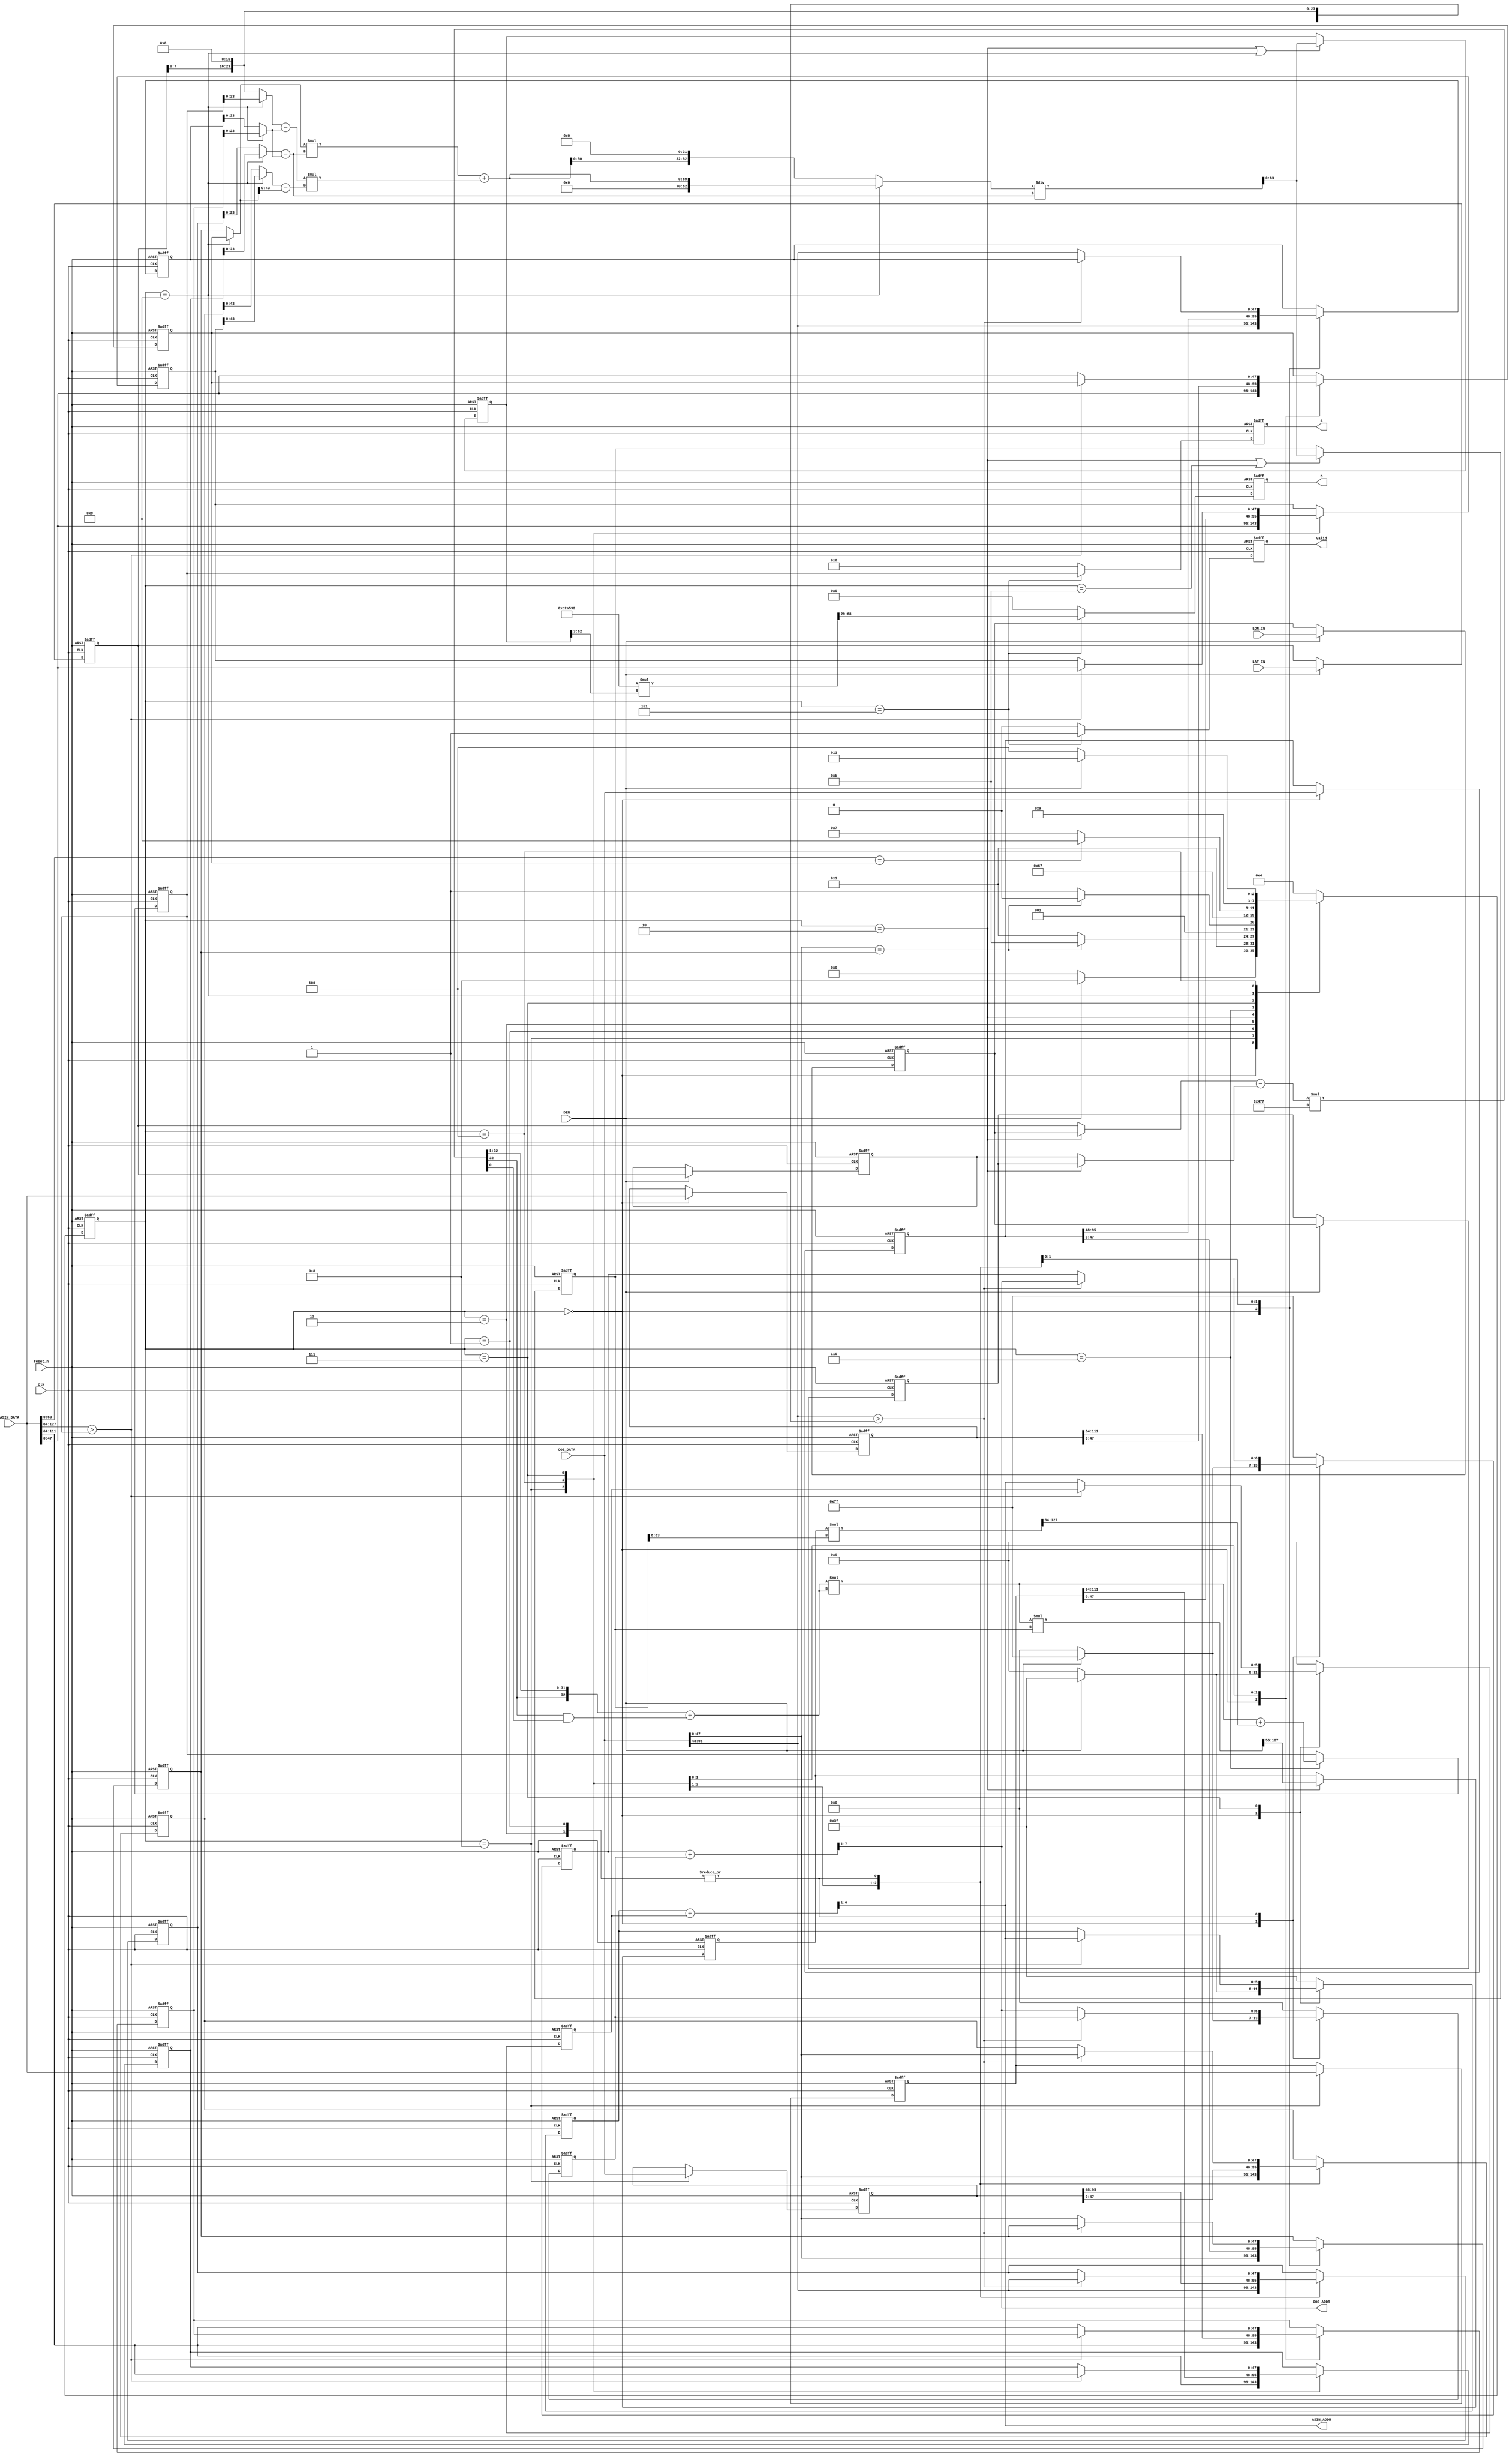
`timescale 1ns/10ps
module GPSDC(clk, reset_n, DEN, LON_IN, LAT_IN, COS_ADDR, COS_DATA, ASIN_ADDR, ASIN_DATA, Valid, a, D);
input              clk;
input              reset_n;
input              DEN;
input      [23:0]  LON_IN;
input      [23:0]  LAT_IN;
input      [95:0]  COS_DATA;
output     [6:0]   COS_ADDR;
input      [127:0] ASIN_DATA;
output     [5:0]   ASIN_ADDR;
output  reg           Valid;
output  reg   [39:0]  D;
output  reg  [63:0]  a;

localparam S_IDLE0 = 4'b0000;
localparam S_L1    = 4'b1000;
//localparam S_L2    = 4'b000;
localparam S_A	   = 4'b0001;
localparam S_INNER0= 4'b1011;
localparam S_FCOS  = 4'b0011;
localparam S_INNER = 4'b0010;
localparam S_MID   = 4'b0110;
localparam S_FASIN = 4'b0111;
localparam S_INNERS= 4'b1001;
localparam S_D     = 4'b0101;
localparam S_IDLE  = 4'b0100;
reg [3:0] c_state, n_state;
// wire reg declare cao
reg [23:0]LON_IN_A, LON_IN_B;
reg [23:0]LAT_IN_A, LAT_IN_B;
wire [47:0] LAT_w;
reg [95:0] COS_127, COS_0;
reg [127:0] ASIN_63, ASIN_0;
//---------------------------------------
// for mid point
wire [23:0]sel_a1, sel_a2;
wire signed [24:0]angle_diff;
wire signed [15:0]rad;
//wire signed [40:0]ang_mul;
wire signed [32:0]ang_mul;
wire signed [32:0]ang_result;
//wire signed [64:0]ang_result;
wire [63:0]sin2;
wire [127:0]first_result;
reg  [71:0]first_result_r;
wire [191:0] mid_left;
reg  [63:0] a_r;
wire [63:0] a_w;
// for inner
//reg  [47:0] cosA, cosB;
//wire [47:0] inner_result_w;
//wire [95:0] inner_up;
//wire [47:0] inner_down; 
//wire [47:0] sel_y0, sel_y1, sel_x0, sel_x1, sel_x;

reg  [63:0] cosA, cosB;
reg  [63:0] inner_result_r;
wire [63:0] inner_result_w;
wire [69:0] inner_up;
wire [82:0] inner_up_padding;
wire [23:0] inner_down; 
wire [23:0] up_C;
wire [43:0] up_D;
wire [47:0] sel_y0, sel_y1, sel_x0, sel_x1, sel_x;


// wire reg declare hunry 

// ------------------------------------------------------------
// regs & wire
// ------------------------------------------------------------
// find cos
wire  [47:0] cos_in, cos_val;
reg  [6:0]  p_h, p_l;

// find asin
wire [63:0] asin_in, asin_val;
reg [5:0]  asin_p_h, asin_p_l;

reg [47:0] cos_y0, cos_y1; 
reg [47:0] cos_x0, cos_x1;
reg [47:0] asin_x0, asin_x1;
reg [47:0] asin_y0, asin_y1;
//---------------------------------------
// calculate inner product 
//assign sel_y0 = 48'hF0A3ACB6;
//assign sel_y1 = 48'hF0A5D8F1;
//assign sel_x0 = 48'h18C8D96FA8;
//assign sel_x1 = 48'h18C8DFCE31;
//assign sel_x  = 48'h18c8db0000;

assign inner_down = (sel_x1 - sel_x0);
assign up_C = (sel_x - sel_x0);
assign up_D = (sel_y1 - sel_y0);
assign inner_up = sel_y0 * inner_down + up_C * up_D;
assign inner_up_padding = (c_state == S_INNERS)? inner_up : {inner_up[50:0], 32'd0};

assign inner_result_w = inner_up_padding / inner_down; 

assign sel_y0 = (c_state == S_INNERS)? asin_y0 : cos_y0;
assign sel_y1 = (c_state == S_INNERS)? asin_y1 : cos_y1;
assign sel_x0 = (c_state == S_INNERS)? asin_x0 : cos_x0;
assign sel_x1 = (c_state == S_INNERS)? asin_x1 : cos_x1;
assign sel_x  = (c_state == S_INNERS)? a_r  : LAT_w;

always@(posedge clk, negedge reset_n) begin
      if(!reset_n) begin
	  cosB <= 64'd0;
      end else begin
	  if(c_state == S_INNER || c_state == S_INNER0)
          	cosB <= inner_result_w;
	  else
		cosB <= cosB;
      end
end

//---------------------------------------
// Mid inner product 
// rad = 16'h477; angle: integer = 8bits; FP = 16bit ; sel : 8+16

assign sel_a1 = (c_state == S_INNER)? LON_IN_B : LAT_IN_B;
assign sel_a2 = (c_state == S_INNER)? LON_IN_A : LAT_IN_A;
assign rad = 16'h477;
assign angle_diff = {1'b0,sel_a1} - {1'b0, sel_a2}; 
assign ang_mul = angle_diff * $signed({9'd0 , 16'h477});
wire signed [32:0] temp;
assign temp =  {ang_mul[32],ang_mul[32:1]};
assign ang_result =temp + (ang_mul[32]& ang_mul[0]);// + ang_mul[32]&ang_mul[1];//(&ang_mul[32:16] && c_state==S_INNER);//+ ang_mul[32]&ang_mul[0]; //ang_mul / $signed(40'd2); 

//always@(*)begin
//	if(c_state == S_INNER)
//		$monitor("COSB :ang_result: %h, %h, %h", ang_mul,ang_result, ang_mul / $signed(40'd2));
//	else if(c_state == S_MID)
//		$monitor("SIN2 :ang_result: %h, %h, %h", ang_mul,ang_result, ang_mul / $signed(40'd2));
//
//end

assign sin2 = ang_result * ang_result;

//cosA and B : int : 0bit; FP = 32bit 
assign first_result = sin2 * cosB;
assign mid_left = first_result_r * cosB[63:8];
assign a_w = sin2 + mid_left[129:64] ;

always@(posedge clk, negedge reset_n) begin
      if(!reset_n) begin
			first_result_r <= 72'd0;
      end else begin
	  if(c_state == S_INNER)
          	first_result_r <= first_result[127:56]; // + first_result[31];
	  else
			first_result_r <= first_result_r;
      end
end


always@(posedge clk, negedge reset_n) begin
      if(!reset_n) begin
	  a_r <= 64'd0;
      end else begin
	  if(c_state == S_MID)
          	a_r <= a_w;
	  else
		a_r <= a_r;
      end
end
//---------------------------------------
// Distance  Int: 8bits FP: 32 bits
wire [68:0] D_w;
// C2A532  1 9A27 3878
assign D_w = 24'd12756274 * inner_result_r[62:3];

always@(posedge clk, negedge reset_n) begin
      if(!reset_n) begin
	  D <= 40'b0;
      end else begin
	  if(c_state == S_D)
          	D <= D_w[68:29] ;
	  else
		D <= 40'd0;
      end
end
// for distance
always@(posedge clk, negedge reset_n) begin
      if(!reset_n) begin
	  inner_result_r <= 64'd0;
      end else begin
	  if(c_state == S_INNER || c_state == S_INNERS)
          	inner_result_r <= inner_result_w;
	  else
		inner_result_r <= inner_result_r;
      end
end
//---------------------------------------
// FSM block
always@(posedge clk, negedge reset_n) begin
      if(!reset_n) begin
	  c_state <= S_IDLE0;
      end else begin
          c_state <= n_state;
      end
end

always@(*) begin
	case(c_state)
		S_IDLE0:if(DEN) n_state = S_L1;
			else	n_state = S_IDLE0;
		S_L1:   n_state = S_A;
		S_A:	if(cos_val == cos_y0) n_state = S_INNER0;
			else	 	      n_state = S_A;
		S_INNER0: n_state = S_IDLE;
		S_FCOS: if(cos_val == cos_y0) n_state = S_INNER;
			else	 	      n_state = S_FCOS;
		S_INNER:n_state = S_MID;
		S_MID:  n_state = S_FASIN;
		S_FASIN:if(asin_val == asin_y0) n_state = S_INNERS;
			else	 		n_state = S_FASIN;
		S_INNERS: n_state = S_D;
		S_D:	  n_state = S_IDLE;
		S_IDLE: if(DEN) n_state = S_FCOS;
			else	n_state = S_IDLE;
		default: n_state = S_IDLE;
	endcase
end

//---------------------------------------
// INPUT block
always@(posedge clk, negedge reset_n) begin
      if(!reset_n) begin
	  LON_IN_A <= 24'b0;
      end else begin
	  if(DEN)
          	LON_IN_A <= LON_IN_B;
	  else
		LON_IN_A <= LON_IN_A;
      end
end

always@(posedge clk, negedge reset_n) begin
      if(!reset_n) begin
	  LAT_IN_A <= 24'b0;
      end else begin
	  if(DEN)
          	LAT_IN_A <= LAT_IN_B;
	  else
		LAT_IN_A <= LAT_IN_A;
      end
end

always@(posedge clk, negedge reset_n) begin
      if(!reset_n) begin
	  LON_IN_B <= 24'b0;
      end else begin
	  if(DEN)
          	LON_IN_B <= LON_IN;
	  else
		LON_IN_B <= LON_IN_B;
      end
end

always@(posedge clk, negedge reset_n) begin
      if(!reset_n) begin
	  LAT_IN_B <= 24'b0;
      end else begin
	  if(DEN)
          	LAT_IN_B <= LAT_IN;
	  else
		LAT_IN_B <= LAT_IN_B;
      end
end
//---------------------------------------
// OUTPUT block
always@(posedge clk, negedge reset_n) begin
      if(!reset_n) begin
	  Valid <= 1'b0;
      end else begin
	  if(c_state == S_D)
          	Valid <= 1'b1;
	  else
		Valid <= 1'b0;
      end
end



always@(posedge clk, negedge reset_n) begin
      if(!reset_n) begin
	  a <= 64'b0;
      end else begin
	  if(c_state == S_D)
          	a <= a_r;
	  else
		a <= 64'd0;
      end
end

// ------------------------------------------------------------
// design
// ------------------------------------------------------------
// cos 0, 127
always @(posedge clk or negedge reset_n) begin
	if (!reset_n) 				 COS_0 <= 96'd0;
	else if (c_state == S_IDLE0) COS_0 <= COS_DATA;
	else 						 COS_0 <= COS_0;
end

always @(posedge clk or negedge reset_n) begin
	if (!reset_n) 		    COS_127 <= 96'd0;
	else if (c_state == S_L1) COS_127 <= COS_DATA;
	else 				    COS_127 <= COS_127;
end

// find cos
wire [7:0] COS_ADDR_w;
assign cos_in   = COS_DATA[95:48];
assign cos_val  = COS_DATA[47:0];
assign COS_ADDR_w = (p_h + p_l);
assign COS_ADDR =  COS_ADDR_w>> 1;
assign LAT_w = {8'd0, LAT_IN_B, 16'd0};
always @(posedge clk or negedge reset_n) begin
	if (!reset_n) p_h <= 7'h00;
	else begin
		case (c_state)
			S_IDLE0: 	 p_h <= (DEN) ? 7'h7f : 7'h00;
			S_L1: 		 p_h <= 7'h7f;
			S_A, S_FCOS: p_h <= (cos_in > LAT_w) ? COS_ADDR : p_h;
			default: 	 p_h <= 7'h7f; // to load cos(x(0, 0)
		endcase 
	end 
end

always @(posedge clk or negedge reset_n) begin
	if (!reset_n) p_l <= 7'h00;
	else begin
		case (c_state)
			S_IDLE0: 	 p_l <= (DEN) ? 7'h7f : 7'h00;
			S_L1: 		 p_l <= 7'h00;
			S_A, S_FCOS: p_l <= (cos_in > LAT_w) ? p_l : COS_ADDR;
			default: 	 p_l <= 7'h00; // to load cos(x(0, 0))
		endcase 
	end 
end

always @(posedge clk or negedge reset_n) begin
	if (!reset_n) cos_y0 <= 48'd0;
	else begin
		case (c_state)
			S_IDLE0: 	 cos_y0 <= cos_val;
			S_IDLE: 	 cos_y0 <= COS_0[47:0];
			S_A, S_FCOS: cos_y0 <= (cos_in > LAT_w) ? cos_y0 : cos_val;
			default: 	 cos_y0 <= cos_y0;
		endcase
	
	end 
end

always @(posedge clk or negedge reset_n) begin
	if (!reset_n) cos_x0 <= 48'd0;
	else begin
		case (c_state)
			S_IDLE0: 	 cos_x0 <= cos_in;
			S_IDLE: 	 cos_x0 <= COS_0[95:48];
			S_A, S_FCOS: cos_x0 <= (cos_in > LAT_w) ? cos_x0 : cos_in;
			default: 	 cos_x0 <= cos_x0;
		endcase
	end 
end

always @(posedge clk or negedge reset_n) begin
	if (!reset_n) cos_y1 <= 48'd0;
	else begin
		case (c_state)
			S_L1: 		 cos_y1 <= cos_val;
			S_IDLE: 	 cos_y1 <= COS_127[47:0];
			S_A, S_FCOS: cos_y1 <= (cos_in > LAT_w) ? cos_val : cos_y1;
			default: 	 cos_y1 <= cos_y1;
		endcase
	
	end 
end

always @(posedge clk or negedge reset_n) begin
	if (!reset_n) cos_x1 <= 48'd0;
	else begin
		case (c_state)
			S_L1: 	     cos_x1 <= cos_in; 
			S_IDLE: 	 cos_x1 <= COS_127[95:48];
			S_A, S_FCOS: cos_x1 <= (cos_in > LAT_w) ? cos_in : cos_x1;
			default: 	 cos_x1 <= cos_x1;
		endcase
	end 
end


// asin 63, 0
always @(posedge clk or negedge reset_n) begin
	if (!reset_n) 				 ASIN_0 <= 128'd0;
	else if (c_state == S_IDLE0) ASIN_0 <= ASIN_DATA;
	else 						 ASIN_0 <= ASIN_0;
end

always @(posedge clk or negedge reset_n) begin
	if (!reset_n) 		    ASIN_63 <= 128'd0;
	else if (c_state == S_L1)   ASIN_63 <= ASIN_DATA;
	else 				    ASIN_63 <= ASIN_63;
end

// find arcsin
wire [6:0]ASIN_ADDR_w;
assign asin_in   = ASIN_DATA[127:64];
assign asin_val  = ASIN_DATA[63:0];
assign ASIN_ADDR_w = (asin_p_h + asin_p_l);
assign ASIN_ADDR =  ASIN_ADDR_w>> 1;
always @(posedge clk or negedge reset_n) begin
	if (!reset_n) asin_p_h <= 6'h00;
	else begin
		case (c_state)
			S_IDLE0: 	 asin_p_h <= (DEN) ? 6'h3f : 6'h00; 
			S_FASIN: asin_p_h <= (asin_in > a_r) ? ASIN_ADDR : asin_p_h;
			default: 	 asin_p_h <= 6'h3f; // to load cos(x(0, 0)
		endcase 
	end 
end

always @(posedge clk or negedge reset_n) begin
	if (!reset_n) asin_p_l <= 6'h00;
	else begin
		case (c_state)
			S_IDLE0: 	 asin_p_l <= (DEN) ? 6'h3f : 6'h00; 
			S_FASIN: asin_p_l <= (asin_in > a_r) ? asin_p_l : ASIN_ADDR;
			default: 	 asin_p_l <= 6'h00; // to load cos(x(0, 0))
		endcase 
	end 
end

always @(posedge clk or negedge reset_n) begin
	if (!reset_n) asin_y0 <= 128'd0;
	else begin
		case (c_state)
			S_IDLE0: 	 asin_y0 <= asin_val;
			S_IDLE: 	 asin_y0 <= ASIN_0[63:0];
			S_FASIN: asin_y0 <= (asin_in > a_r) ? asin_y0 : asin_val;
			default: 	 asin_y0 <= asin_y0;
		endcase
	
	end 
end

always @(posedge clk or negedge reset_n) begin
	if (!reset_n) asin_x0 <= 128'd0;
	else begin
		case (c_state)
			S_IDLE0: 	 asin_x0 <= asin_in;
			S_IDLE:		 asin_x0 <= ASIN_0[127:64];
			S_FASIN: asin_x0 <= (asin_in > a_r) ? asin_x0 : asin_in;
			default: 	 asin_x0 <= asin_x0;
		endcase
	end 
end

always @(posedge clk or negedge reset_n) begin
	if (!reset_n) asin_y1 <= 128'd0;
	else begin
		case (c_state)
			S_L1: 	 	 asin_y1 <= asin_val;
			S_IDLE: 	 asin_y1 <= ASIN_63[63:0];
			S_FASIN: asin_y1 <= (asin_in > a_r) ? asin_val : asin_y1;
			default: 	 asin_y1 <= asin_y1;
		endcase
	
	end 
end

always @(posedge clk or negedge reset_n) begin
	if (!reset_n) asin_x1 <= 128'd0;
	else begin
		case (c_state)
			S_L1: 		 asin_x1 <= asin_in; 
			S_IDLE: 	 asin_x1 <= ASIN_63[127:64];
			S_FASIN: asin_x1 <= (asin_in > a_r) ? asin_in : asin_x1;
			default: 	 asin_x1 <= asin_x1;
		endcase
	end 
end

endmodule